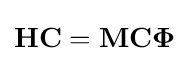
\mathbf {H} \mathbf {C} =\mathbf {M} \mathbf {C} {\boldsymbol {\Phi }}